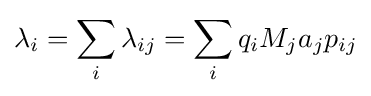
\lambda _{i}=\sum _{i}\lambda _{ij}=\sum _{i}q_{i}M_{j}a_{j}p_{ij}